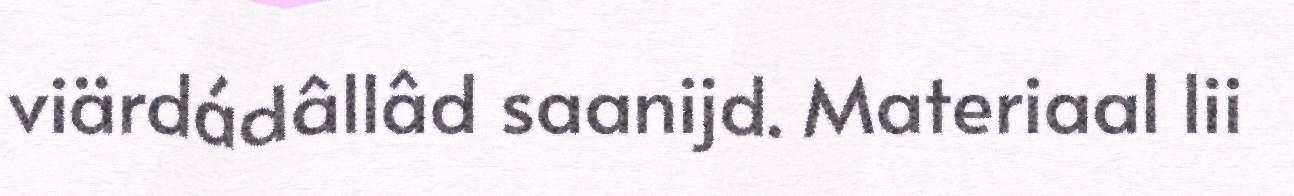
viärdádâllâd saanijd. Materiaal lii